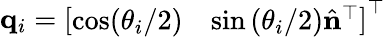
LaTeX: \mathbf{q}_{i}=\left[\begin{array}{ll}{\cos({\theta_{i}/2})}&{\sin{(\theta_{i}/2)}\hat{\mathbf{n}}^{\top}}\end{array}\right]^{\top}